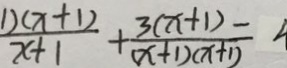
\frac { 1 ) ( x + 1 ) } { x + 1 } + \frac { 3 ( x + 1 ) } { ( x + 1 ) ( x + 1 ) } =